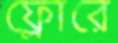
ফ্লোরে